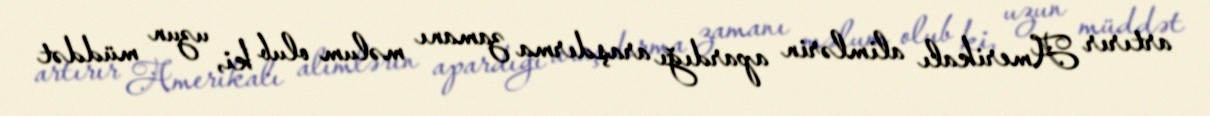
artırır Amerikalı alimlərin apardığı araşdırma zamanı məlum olub ki, uzun müddət